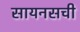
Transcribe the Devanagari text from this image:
सायनसची